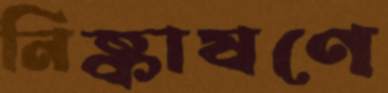
নিষ্কাষণে